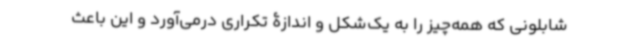
شابلونی که همه‌چیز را به یک‌شکل و اندازۀ تکراری درمی‌آورد و این باعث